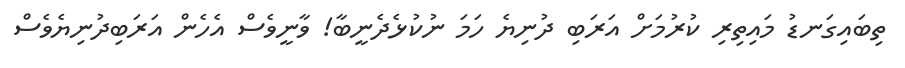
ތިބައިގަނޑު މައިތިރި ކުރުމަށް އަރަބި ދުނިޔެ ހަމަ ނުކުޅެދެނީބާ! ވާނީވެސް އެހެން އަރަބިދުނިޔެވެސް